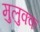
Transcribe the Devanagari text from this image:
मुलुक्क